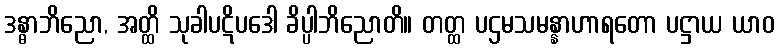
ဒန္ဓာဘိညော, အတ္ထိ သုခါပဋိပဒေါ ခိပ္ပါဘိညောတိ။ တတ္ထ ပဌမသမန္နာဟာရတော ပဋ္ဌာယ ယာဝ